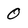
Character: 0